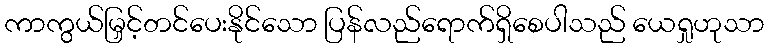
ကာကွယ်မြှင့်တင်ပေးနိုင်သော ပြန်လည်ရောက်ရှိစေပါသည် ယေရှုဟုသာ